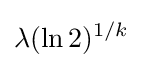
\lambda (\ln 2)^{1/k}